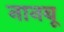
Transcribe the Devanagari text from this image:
नानबू